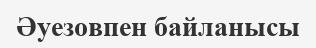
Әуезовпен байланысы